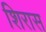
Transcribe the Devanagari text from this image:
शिरास